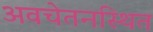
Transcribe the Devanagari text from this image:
अवचेतनस्थित